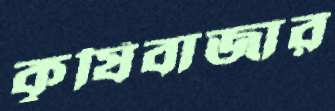
কৃষিবাজার